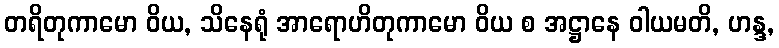
တရိတုကာမော ဝိယ, သိနေရုံ အာရောဟိတုကာမော ဝိယ စ အဋ္ဌာနေ ဝါယမတိ, ဟန္ဒ,